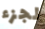
لجزء